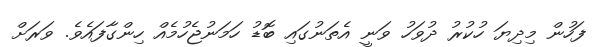
ފަހުން މިދިޔަ ހުކުރު ދުވަހު ވަނީ އެތަނުގައި ބޮޑު ހަމަނުޖެހުމެއް ހިންގާފައެވެ. ވަރަށް